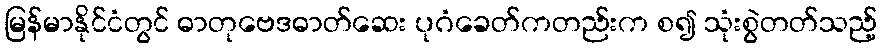
မြန်မာနိုင်ငံတွင် ဓာတုဗေဒဓာတ်ဆေး ပုဂံခေတ်ကတည်းက စ၍ သုံးစွဲတတ်သည့်